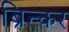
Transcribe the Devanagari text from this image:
ब्रिन्कर